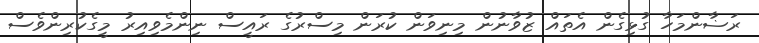
ރަޟާންމަހާ ގުޅިގެން އެތައް ޒުވާނުން މިނިވަން ކުރަން މިސްރުގެ ރައީސް ނިންމެވިއިރު މީގެކުރިންވެސް